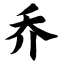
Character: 乔